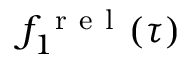
f _ { 1 } ^ { \mathrm { ~ r ~ e ~ l ~ } } ( \tau )